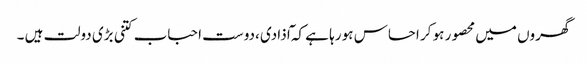
گھروں میں محصور ہو کر احساس ہو رہا ہے کہ ٓاذادی ،دوست احباب کتنی بڑی دولت ہیں ۔